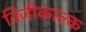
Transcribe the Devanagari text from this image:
विजीकाल्क